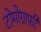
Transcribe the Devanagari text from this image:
टोमोग्राफ़ी